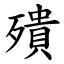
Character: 殨